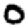
Digit: 0